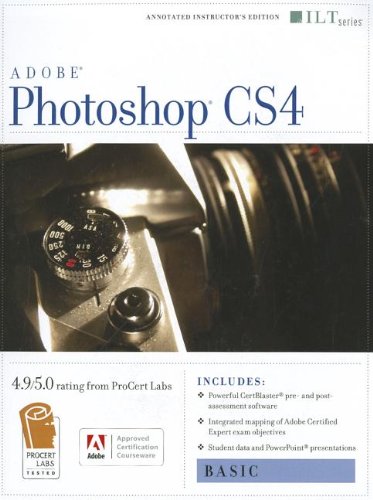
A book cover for Photoshop Cs4: Basic, Ace Edition + Certblaster (ILT); Computers & Technology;